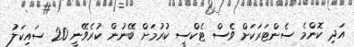
އަދި ކޮންމެ ސެންޓަރަކަށް ވެސް ޓެކްސީ ކުރުމަށް ބޭނުން ކުރެވޭނީ 20 ސައިކަލު